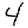
Digit: 4